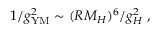
1 / g _ { \mathrm { Y M } } ^ { 2 } \sim ( R M _ { H } ) ^ { 6 } / g _ { H } ^ { 2 } \ ,